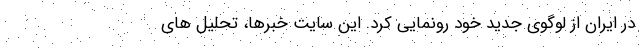
در ایران از لوگوی جدید خود رونمایی کرد. این سایت خبرها، تحلیل های